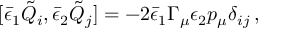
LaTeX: [ { \bar { \epsilon } } _ { 1 } { \tilde { Q } } _ { i } , { \bar { \epsilon } } _ { 2 } { \tilde { Q } } _ { j } ] = - 2 { \bar { \epsilon } _ { 1 } } \Gamma _ { \mu } \epsilon _ { 2 } p _ { \mu } \delta _ { i j } \, ,